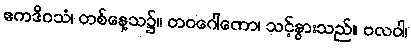
ဧကဒိဝသံ၊ တစ်နေ့သ၌။ တဝဂေါဏော၊ သင့်နွားသည်။ ဗလဝါ၊